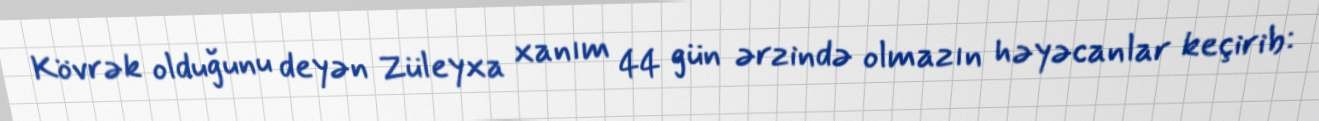
Kövrək olduğunu deyən Züleyxa xanım 44 gün ərzində olmazın həyəcanlar keçirib: